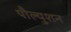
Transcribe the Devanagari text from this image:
पौल्युशन